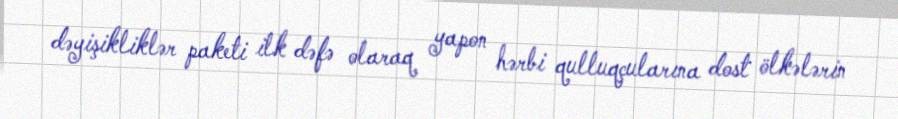
dəyişikliklər paketi ilk dəfə olaraq yapon hərbi qulluqçularına dost ölkələrin